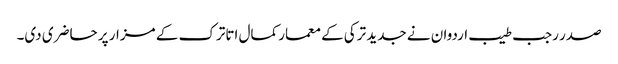
صدر رجب طیب اردوان نے جدید ترکی کے معمار کمال اتاترک کے مزار پر حاضری دی۔